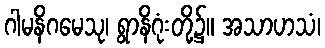
ဂါမနိဂမေသု၊ ရွာနိဂုံးတို့၌။ အသာဟသံ၊